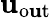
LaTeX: \mathbf{u}_{\mathrm{{{o\mathbf{u}t}}}}